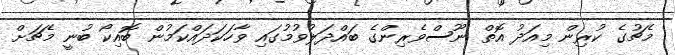
މެޗުގެ ކުރިން މިއަދު އޮތް ނޫސްވެރިންގެ ބައްދަލުވުމުގައި ވާހަކަދައްކަމުން ބޮއިކޯ ބުނީ މެޗަށް